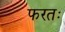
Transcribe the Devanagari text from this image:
फरतः